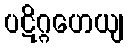
ပဋိဂ္ဂဟေယျ